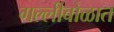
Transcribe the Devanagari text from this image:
गल्लीबोळात